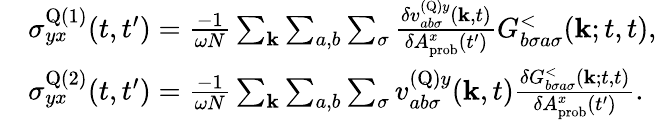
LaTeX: \begin{array}{rl}&{\sigma_{yx}^{\textrm{Q}(1)}(t,t^{\prime})=\frac{-1}{\omega N}\sum_{\mathbf{k}}\sum_{a,b}\sum_{\sigma}\frac{\delta v_{ab\sigma}^{(\textrm{Q})y}(\mathbf{k},t)}{\delta A_{\textrm{prob}}^{x}(t^{\prime})}G_{b\sigma a\sigma}^{<}(\mathbf{k};t,t),}\\ &{\sigma_{yx}^{\textrm{Q}(2)}(t,t^{\prime})=\frac{-1}{\omega N}\sum_{\mathbf{k}}\sum_{a,b}\sum_{\sigma}v_{ab\sigma}^{(\textrm{Q})y}(\mathbf{k},t)\frac{\delta G_{b\sigma a\sigma}^{<}(\mathbf{k};t,t)}{\delta A_{\textrm{prob}}^{x}(t^{\prime})}.}\end{array}